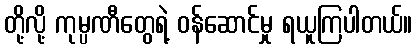
တို့လို့ ကုမ္ပဏီတွေရဲ့ ဝန်ဆောင်မှု ရယူကြပါတယ်။